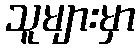
သူများမှာ